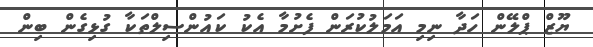
ޔޫޒް ޕްލޭން ހަދާ ނިމި އަމަލުކުރަން ފެށުމާ އެކު ކައުންސިލްތަކާ ގުޅިގެން ބިން